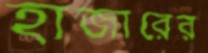
হাজারের